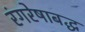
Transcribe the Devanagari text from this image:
रंगरेषाबद्ध